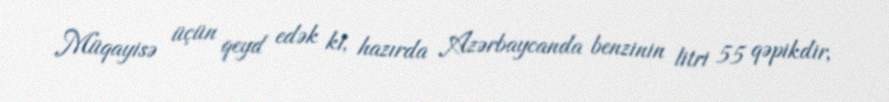
Müqayisə üçün qeyd edək ki, hazırda Azərbaycanda benzinin litri 55 qəpikdir,